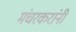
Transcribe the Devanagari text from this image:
मंचरकरांनी